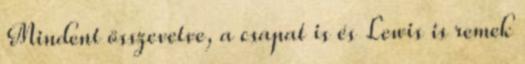
Mindent összevetve, a csapat is és Lewis is remek